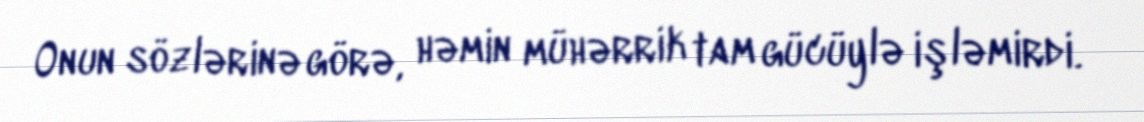
Onun sözlərinə görə, həmin mühərrik tam gücüylə işləmirdi.